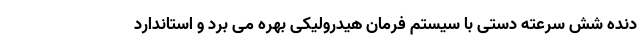
دنده شش سرعته دستی با سیستم فرمان هیدرولیکی بهره می برد و استاندارد